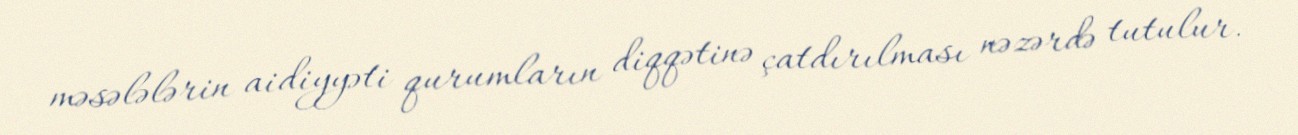
məsələlərin aidiyyəti qurumların diqqətinə çatdırılması nəzərdə tutulur.